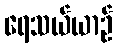
ရေသယ်ယာဉ်